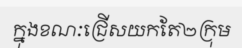
ក្នុងខណៈជ្រើសយកតែ២ក្រុម